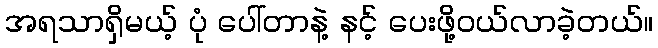
အရသာရှိမယ့် ပုံ ပေါ်တာနဲ့ နင့် ပေးဖို့ဝယ်လာခဲ့တယ်။